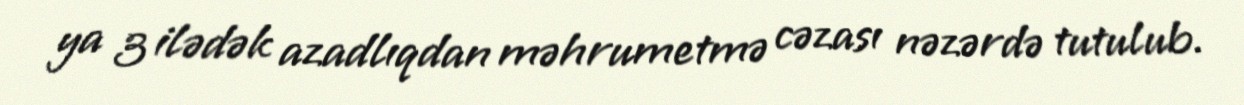
ya 3 ilədək azadlıqdan məhrumetmə cəzası nəzərdə tutulub.